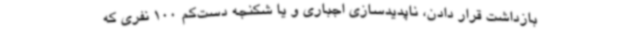
بازداشت قرار دادن، ناپدیدسازی اجباری و یا شکنجه دست‌کم 100 نفری که